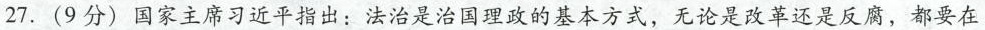
27.(9分)国家主席习近平指出：法治是治国理政的基本方式，无论是改革还是反腐，都要在